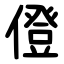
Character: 僜